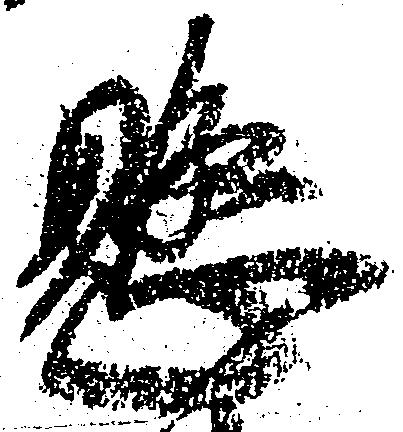
懸